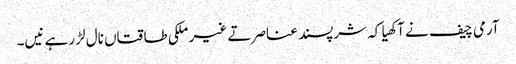
آرمی چیف نے آکھیا کہ شرپسند عناصر تے غیر ملکی طاقتاں نال لڑ رہے نیں۔